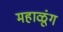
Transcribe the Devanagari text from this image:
महाळूंग